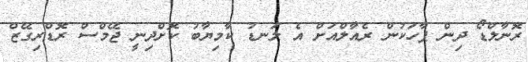
ރޮނާލްޑޯ ދިން ޕާހަކުން ރެއާލްއަށް އެ ލަނޑު ކާމިޔާބު ކޮށްދިނީ ޖޭމްސް ރޮޑްރިގޭޒް